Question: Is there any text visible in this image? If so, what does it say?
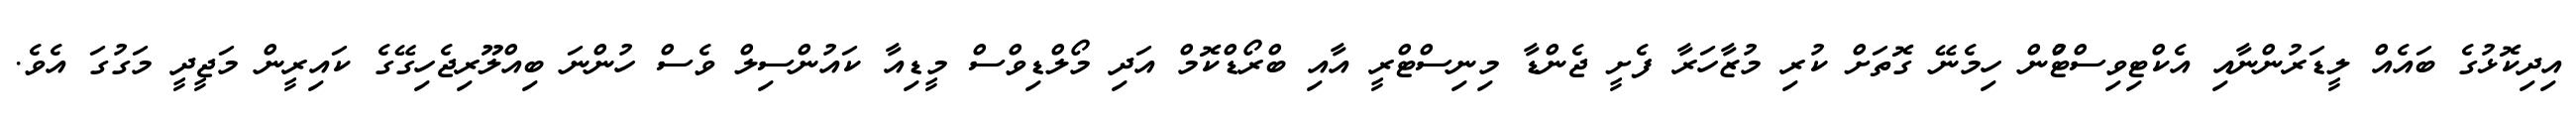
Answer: އިދިކޮޅުގެ ބައެއް ލީޑަރުންނާއި އެކްޓިވިސްޓްުން ހިމެނޭ ގޮތަށް ކުރި މުޒާހަރާ ފެށީ ޖެންޑާ މިނިސްޓްރީ އާއި ބްރޯޑްކޮމް އަދި މޯލްޑިވްސް މީޑިއާ ކައުންސިލް ވެސް ހުންނަ ބިއްލޫރިޖެހިގޭގެ ކައިރީން މަޖީދީ މަގުގަ އެވެ.